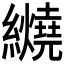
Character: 𬘏